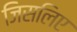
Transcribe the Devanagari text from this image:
जिसलिए